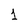
Character: 1